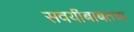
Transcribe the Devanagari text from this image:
सवयींबाबतचा